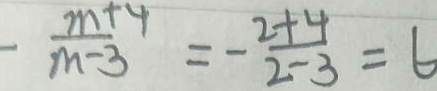
- \frac { m + 4 } { m - 3 } = - \frac { 2 + 4 } { 2 - 3 } = 6